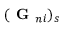
( \textbf { G } _ { n i } ) _ { s }